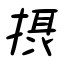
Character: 摂